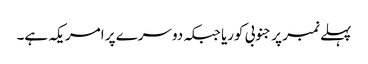
پہلے نمبر پر جنوبی کوریا جبکہ دوسرے پر امریکہ ہے۔